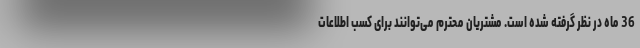
36 ماه در نظر گرفته شده است. مشتریان محترم می‌توانند برای کسب اطلاعات